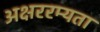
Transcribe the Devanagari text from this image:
अक्षररम्यता